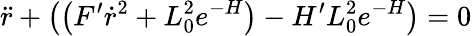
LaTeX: \ddot{r}+\left(\left(F^{\prime}\dot{r}^{2}+L_{0}^{2}e^{-H}\right)-H^{\prime}L_{0}^{2}e^{-H}\right)=0